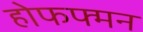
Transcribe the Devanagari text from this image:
होफफ्मन